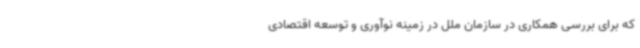
که برای بررسی همکاری در سازمان ملل در زمینه نوآوری و توسعه اقتصادی